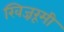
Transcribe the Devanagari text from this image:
खिज्ररूमी